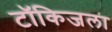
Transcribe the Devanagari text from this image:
टॉकिजला